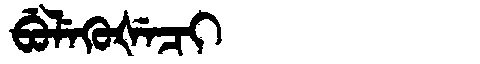
Manchu: ᠪᡠᠯᡝᡴᡠᡧᡝᠴᡳ
Romanization: BULEKUŠECI